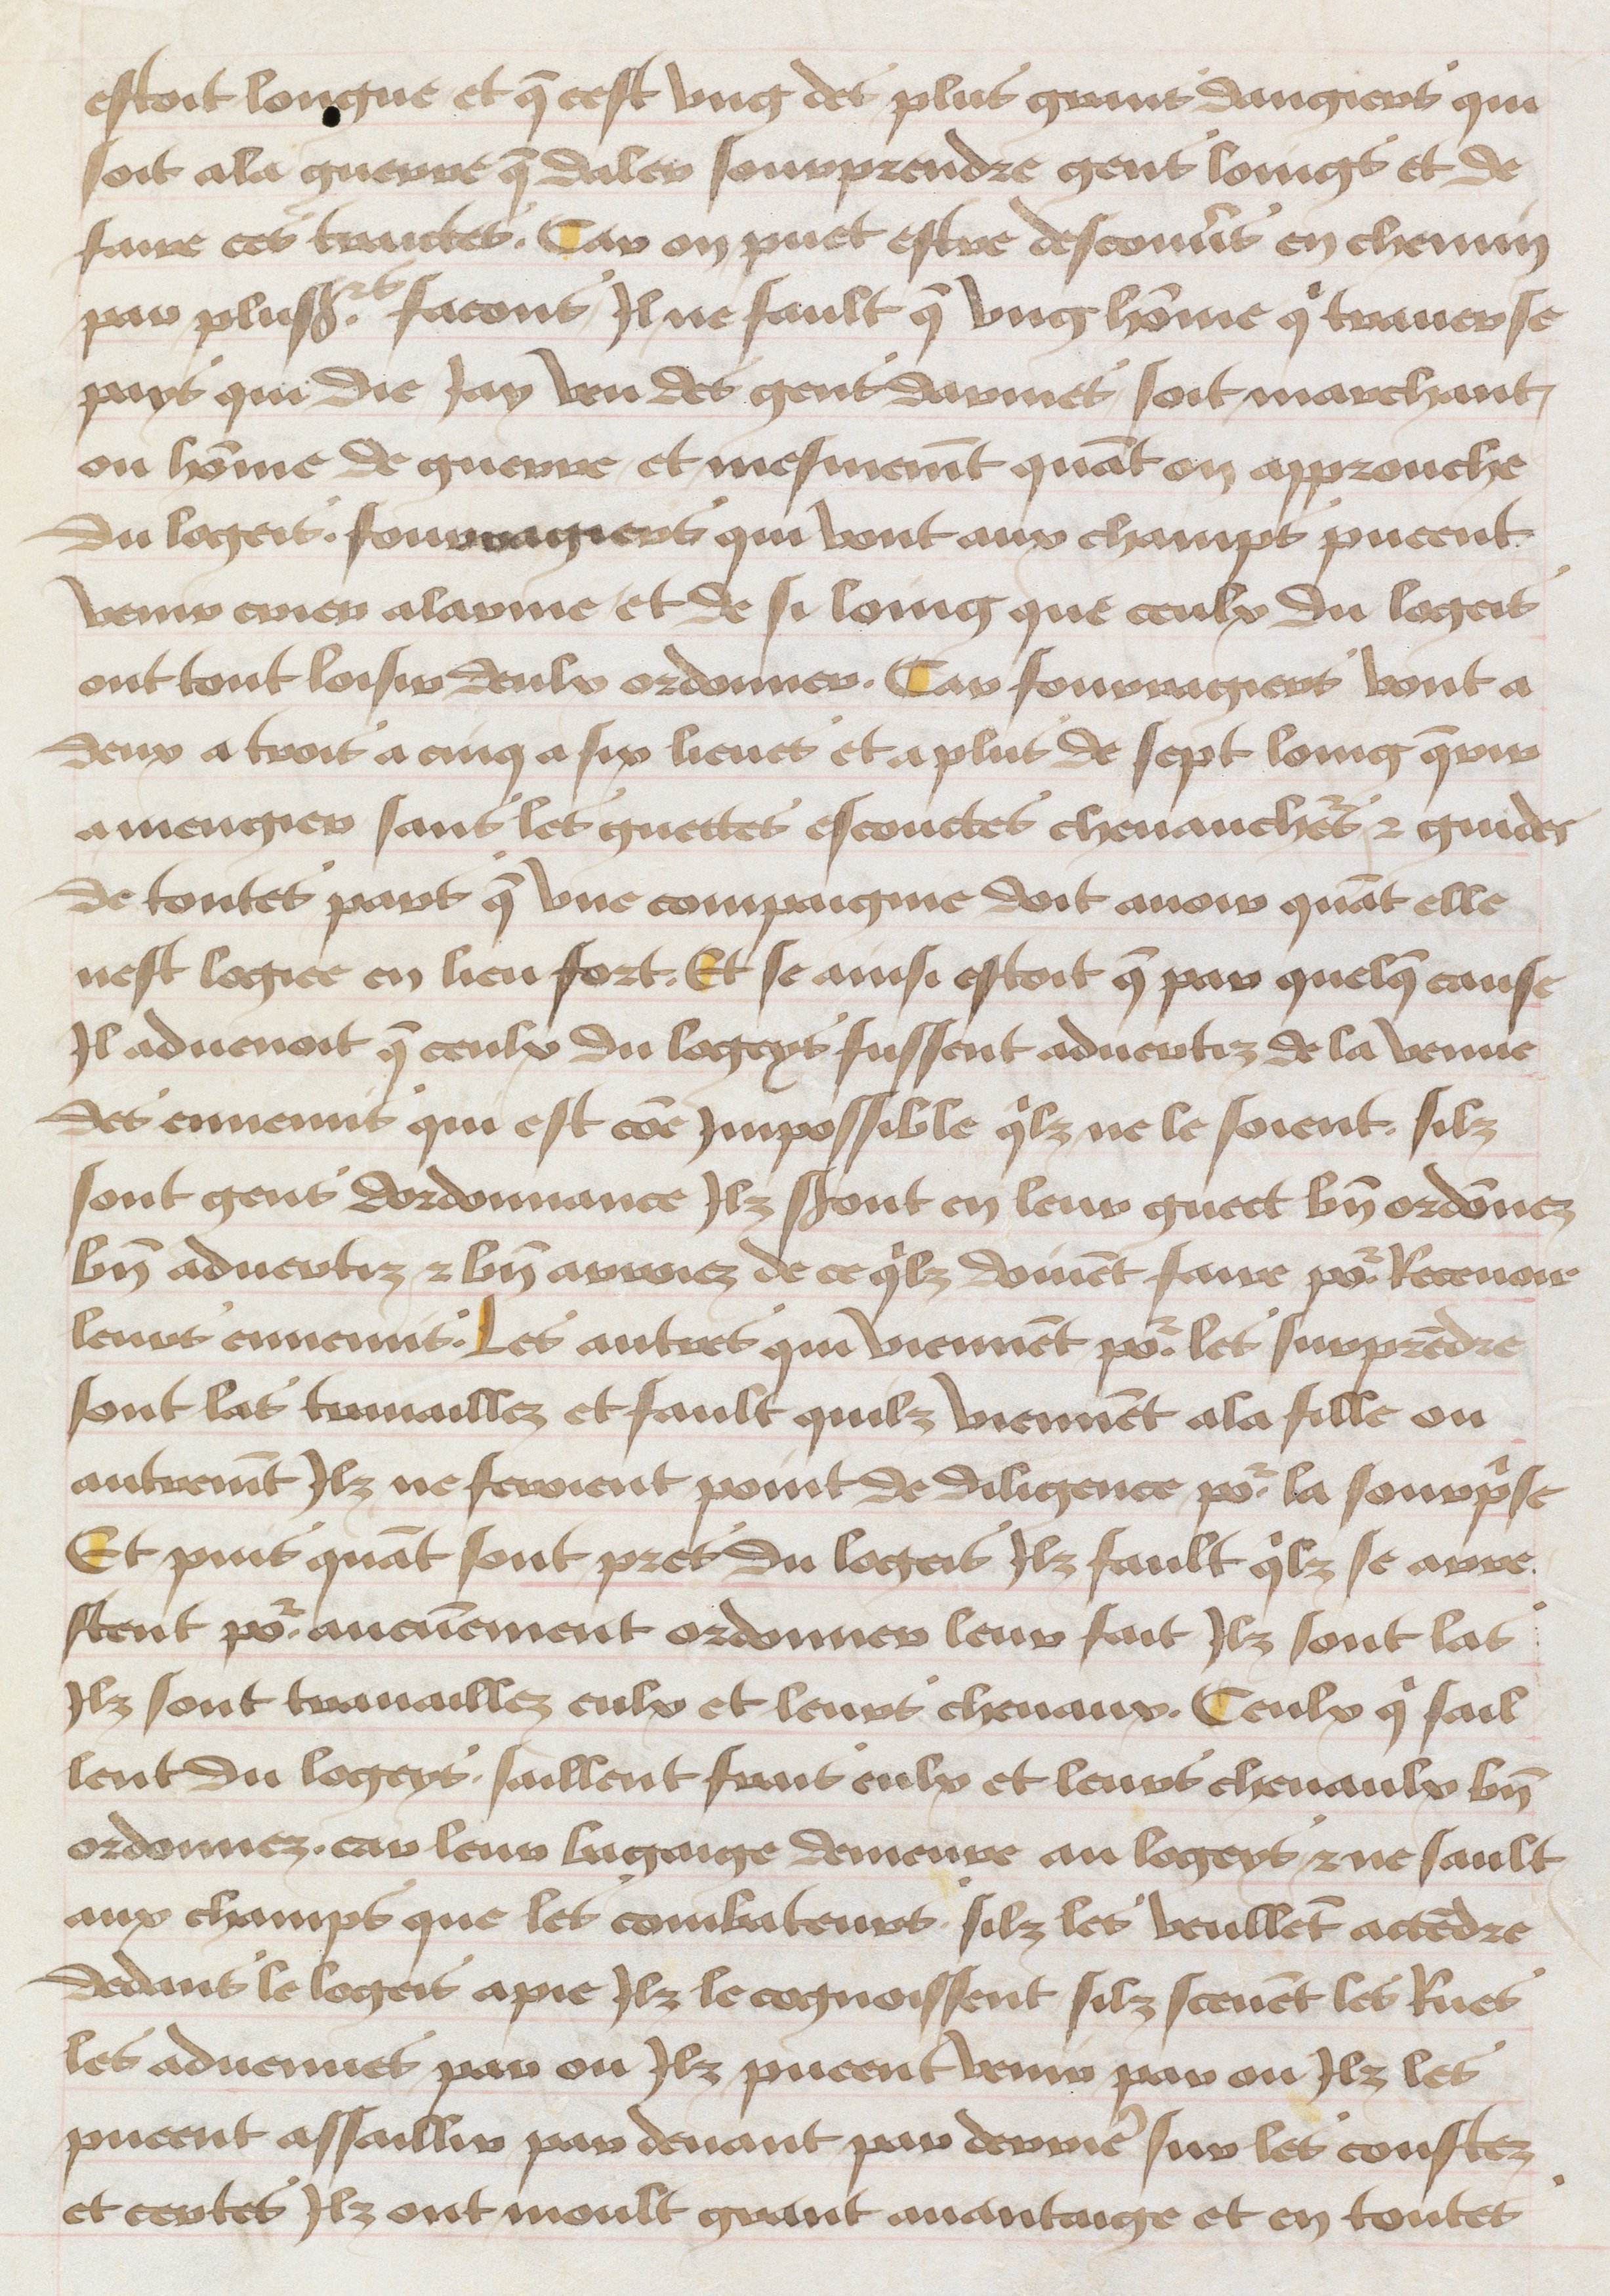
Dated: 1465–1480